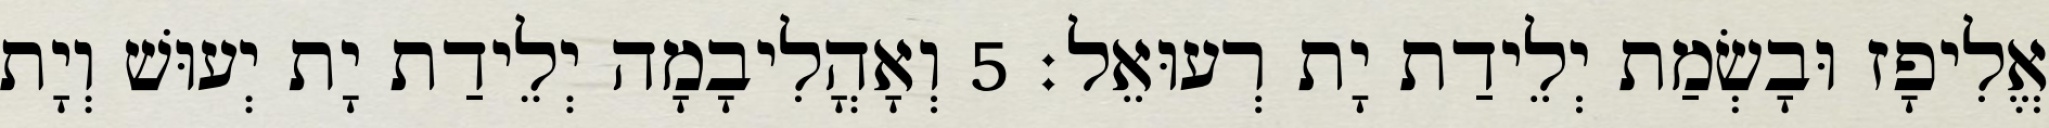
אֱלִיפָז וּבָשְׂמַת יְלֵידַת יָת רְעוּאֵל׃ 5 וְאָהֳלִיבָמָה יְלֵידַת יָת יְעוּשׁ וְיָת